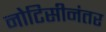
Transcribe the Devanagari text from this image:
नोटिसीनंतर